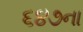
૬૪૭ના